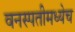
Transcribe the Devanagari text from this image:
वनस्पतीमध्येच